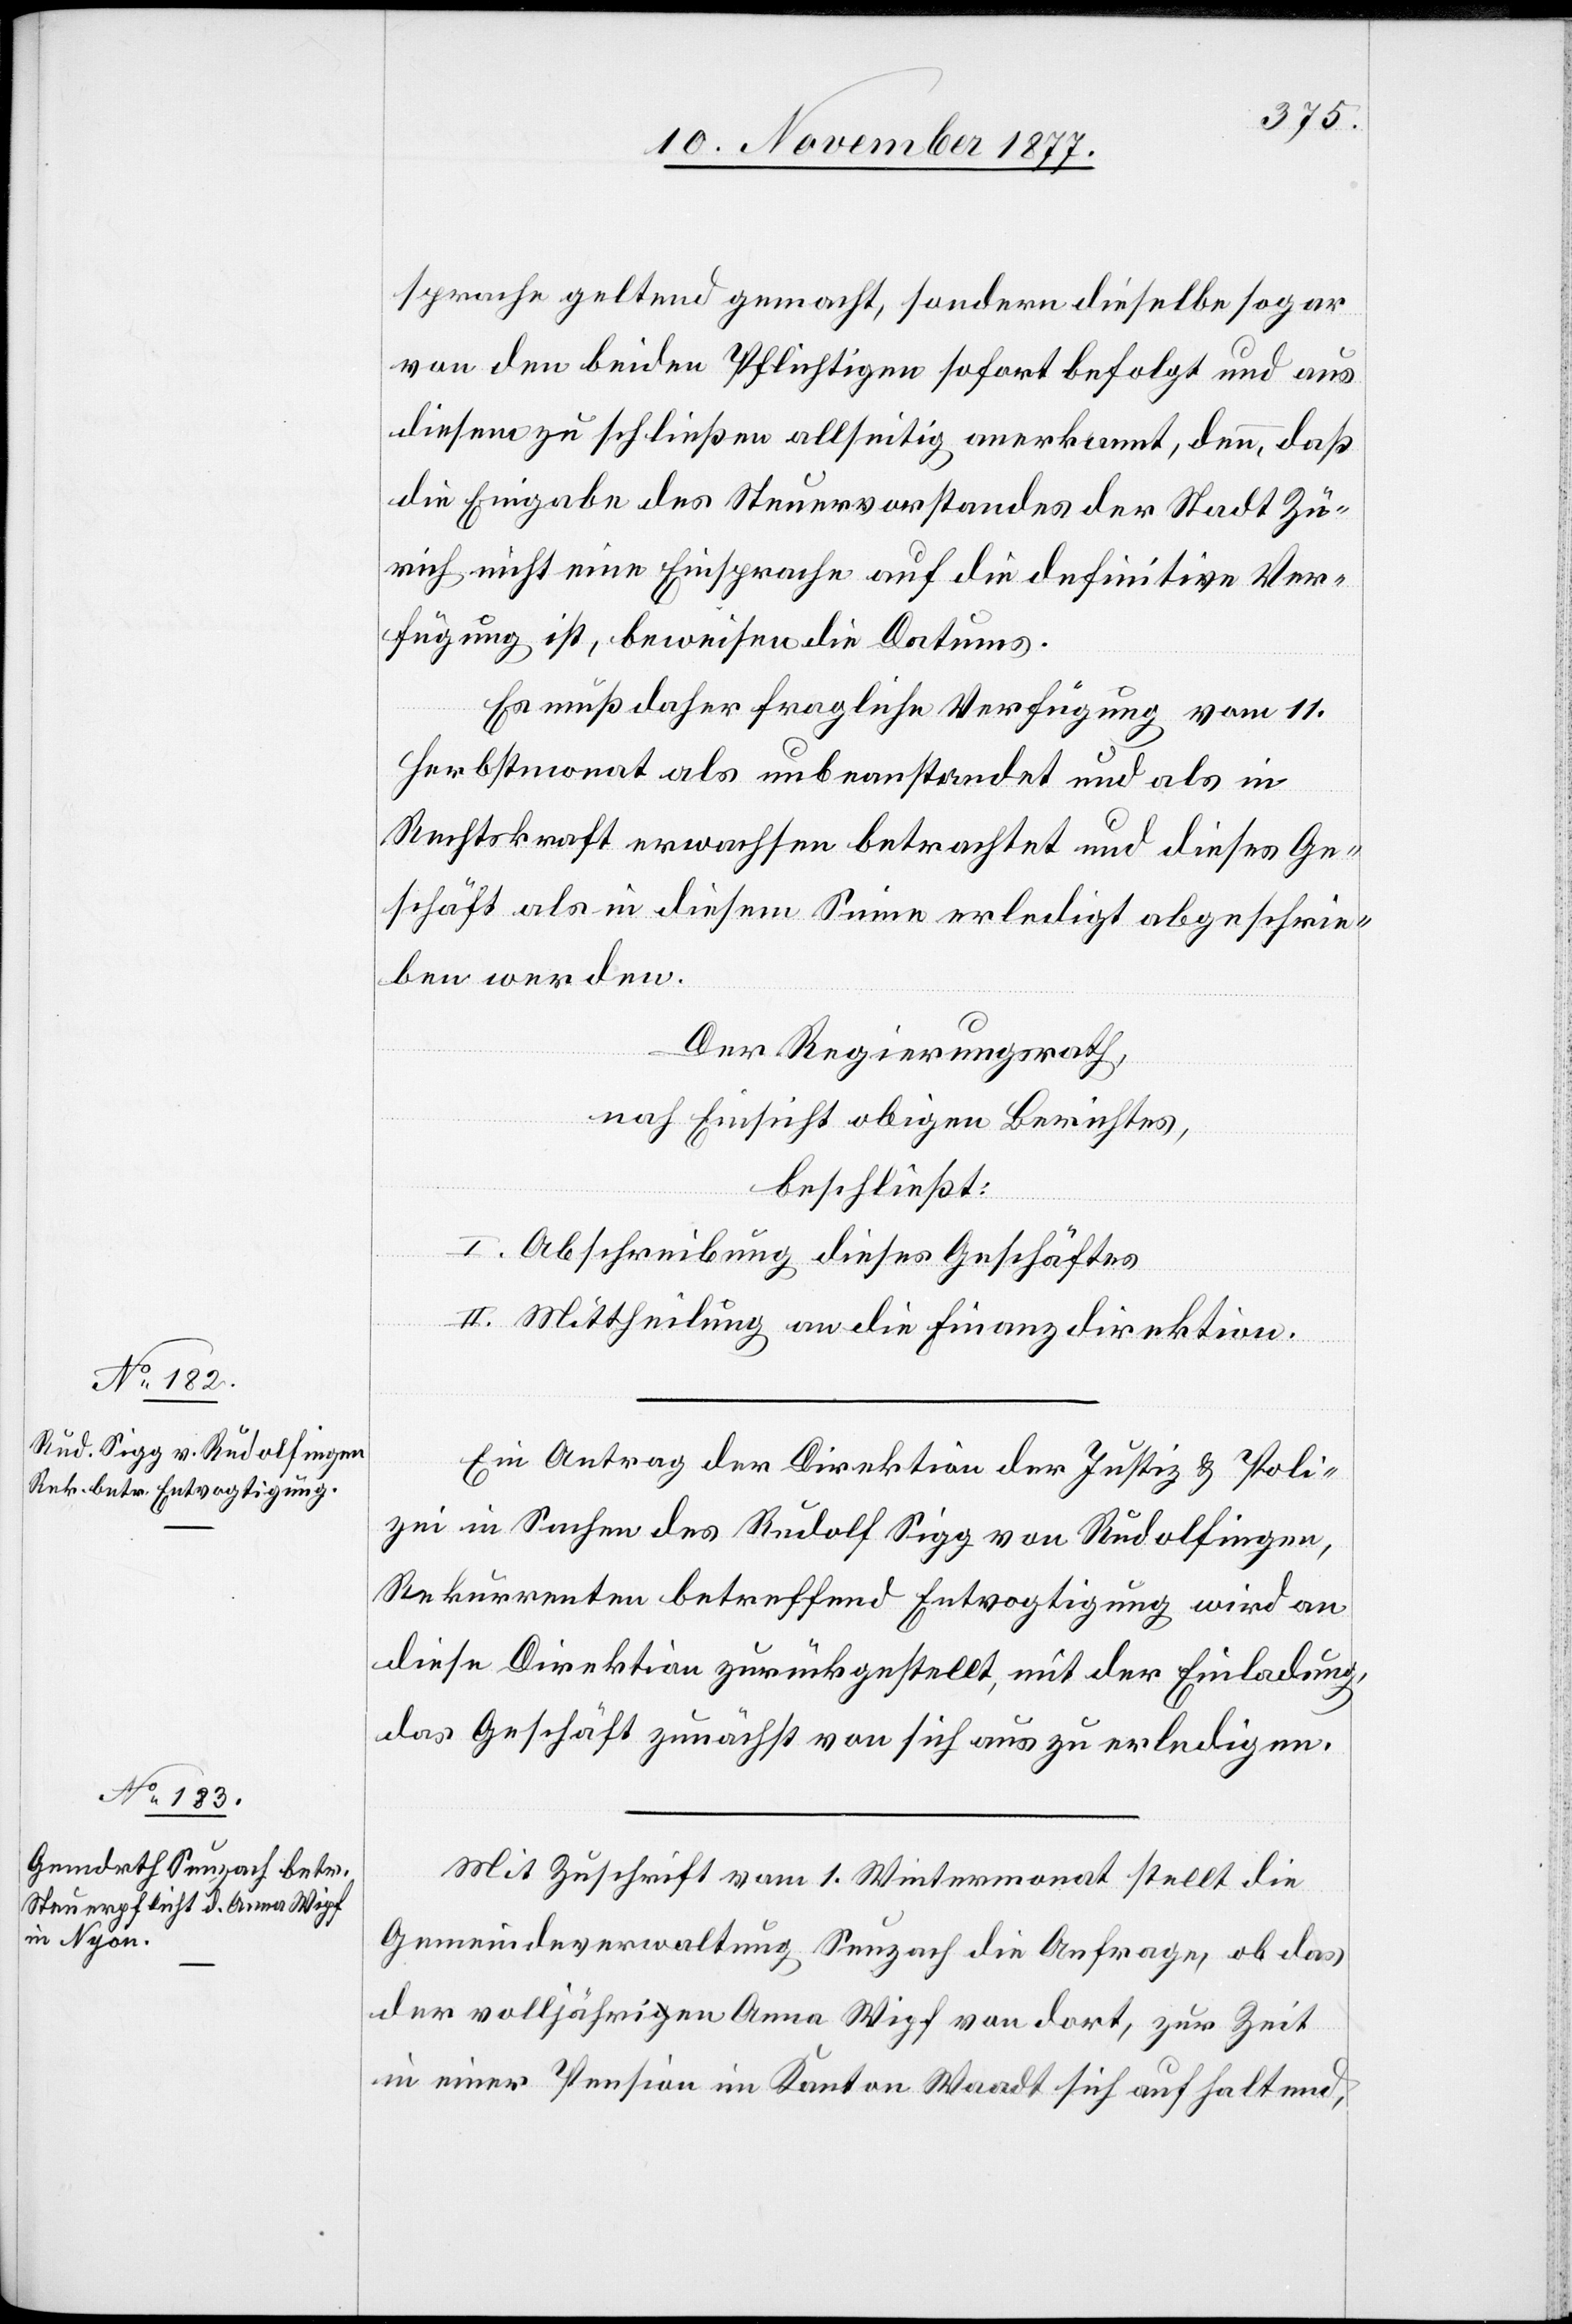
sprache geltend gemacht, sondern dieselbe sogar
von den beiden Pflichtigen sofort befolgt und aus
diesem zu schließen allseitig anerkannt, denn, daß
die Eingabe des Steuervorstandes der Stadt Zü¬
rich nicht eine Einsprache auf die definitive Ver¬
fügung ist, beweisen die Datums.
Es muß daher fragliche Verfügung vom 11.
Herbstmonat als unbeanstandet und als in
Rechtskraft erwachsen betrachtet und dieses Ge¬
schäft als in diesem Sinne erledigt abgeschrie¬
ben werden.
Der Regierungsrath,
nach Einsicht obigen Berichtes,
beschließt:
I. Abschreibung dieses Geschäftes
II. Mittheilung an die Finanzdirektion.
Ein Antrag der Direktion der Justiz & Poli¬
zei in Sachen des Rudolf Sigg von Rudolfingen,
Rekurrenten betreffend Entvogtigung wird an
diese Direktion zurückgestellt, mit der Einladung,
das Geschäft zunächst von sich aus zu erledigen.
Mit Zuschrift vom 1. Wintermonat stellt die
Gemeindeverwaltung Seuzach die Anfrage, ob das
der volljährigen Anna Wipf von dort, zur Zeit
in einer Pension im Kanton Waadt sich aufhaltend,